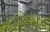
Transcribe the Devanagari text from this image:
लीवरो